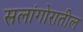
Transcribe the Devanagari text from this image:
सलांगोरातील